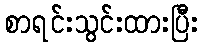
စာရင်းသွင်းထားပြီး